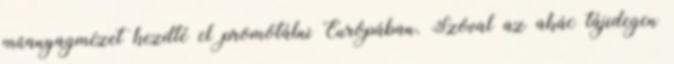
műanyagmézet kezdté el promótálni Európában. Szóval az akác tájidegen